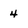
Character: 4